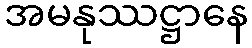
အမနုဿဋ္ဌာနေ